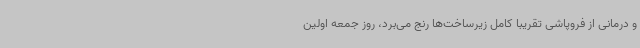
و درمانی از فروپاشی تقریبا کامل زیرساخت‌ها رنج می‌برد، روز جمعه اولین